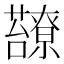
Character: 𧄈